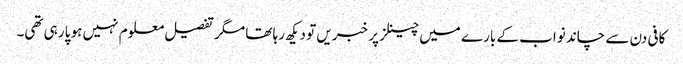
کافی دن سے چاند نواب کے بارے میں چینلز پر خبریں تو دیکھ رہا تھا مگر تفصیل معلوم نہیں ہو پا رہی تھی۔